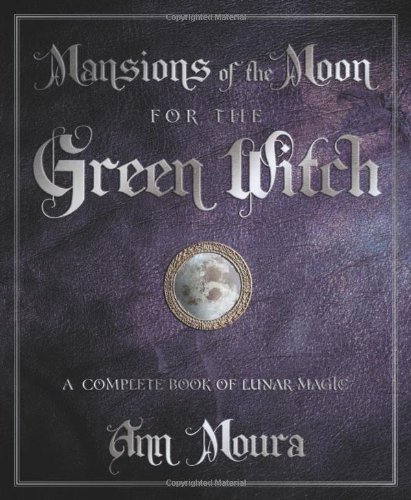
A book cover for Mansions of the Moon for the Green Witch: A Complete Book of Lunar Magic; Ann Moura; Religion & Spirituality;